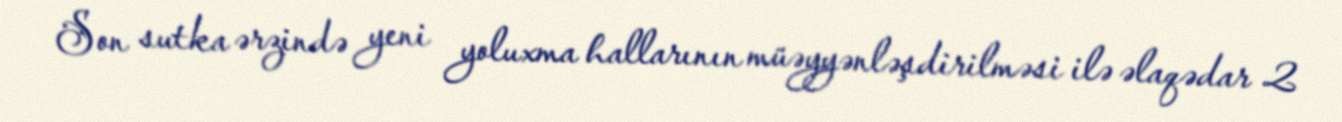
Son sutka ərzində yeni yoluxma hallarının müəyyənləşdirilməsi ilə əlaqədar 2